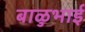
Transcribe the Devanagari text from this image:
बाळुभाई